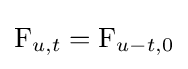
\operatorname {F} _{u,t}=\operatorname {F} _{u-t,0}